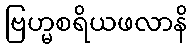
ဗြဟ္မစရိယဖလာနိ